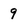
Character: 9